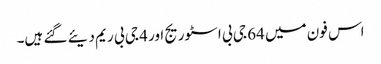
اس فون میں 64 جی بی اسٹوریج اور 4 جی بی ریم دیئے گئے ہیں۔